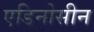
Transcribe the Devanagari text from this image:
एडिनोसीन